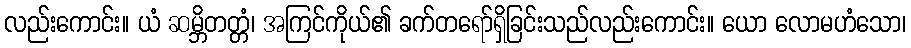
လည်းကောင်း။ ယံ ဆမ္ဘိတတ္တံ၊ အကြင်ကိုယ်၏ ခက်တရော်ရှိခြင်းသည်လည်းကောင်း။ ယော လောမဟံသော၊